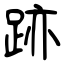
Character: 跡